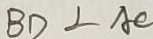
B D \bot A C